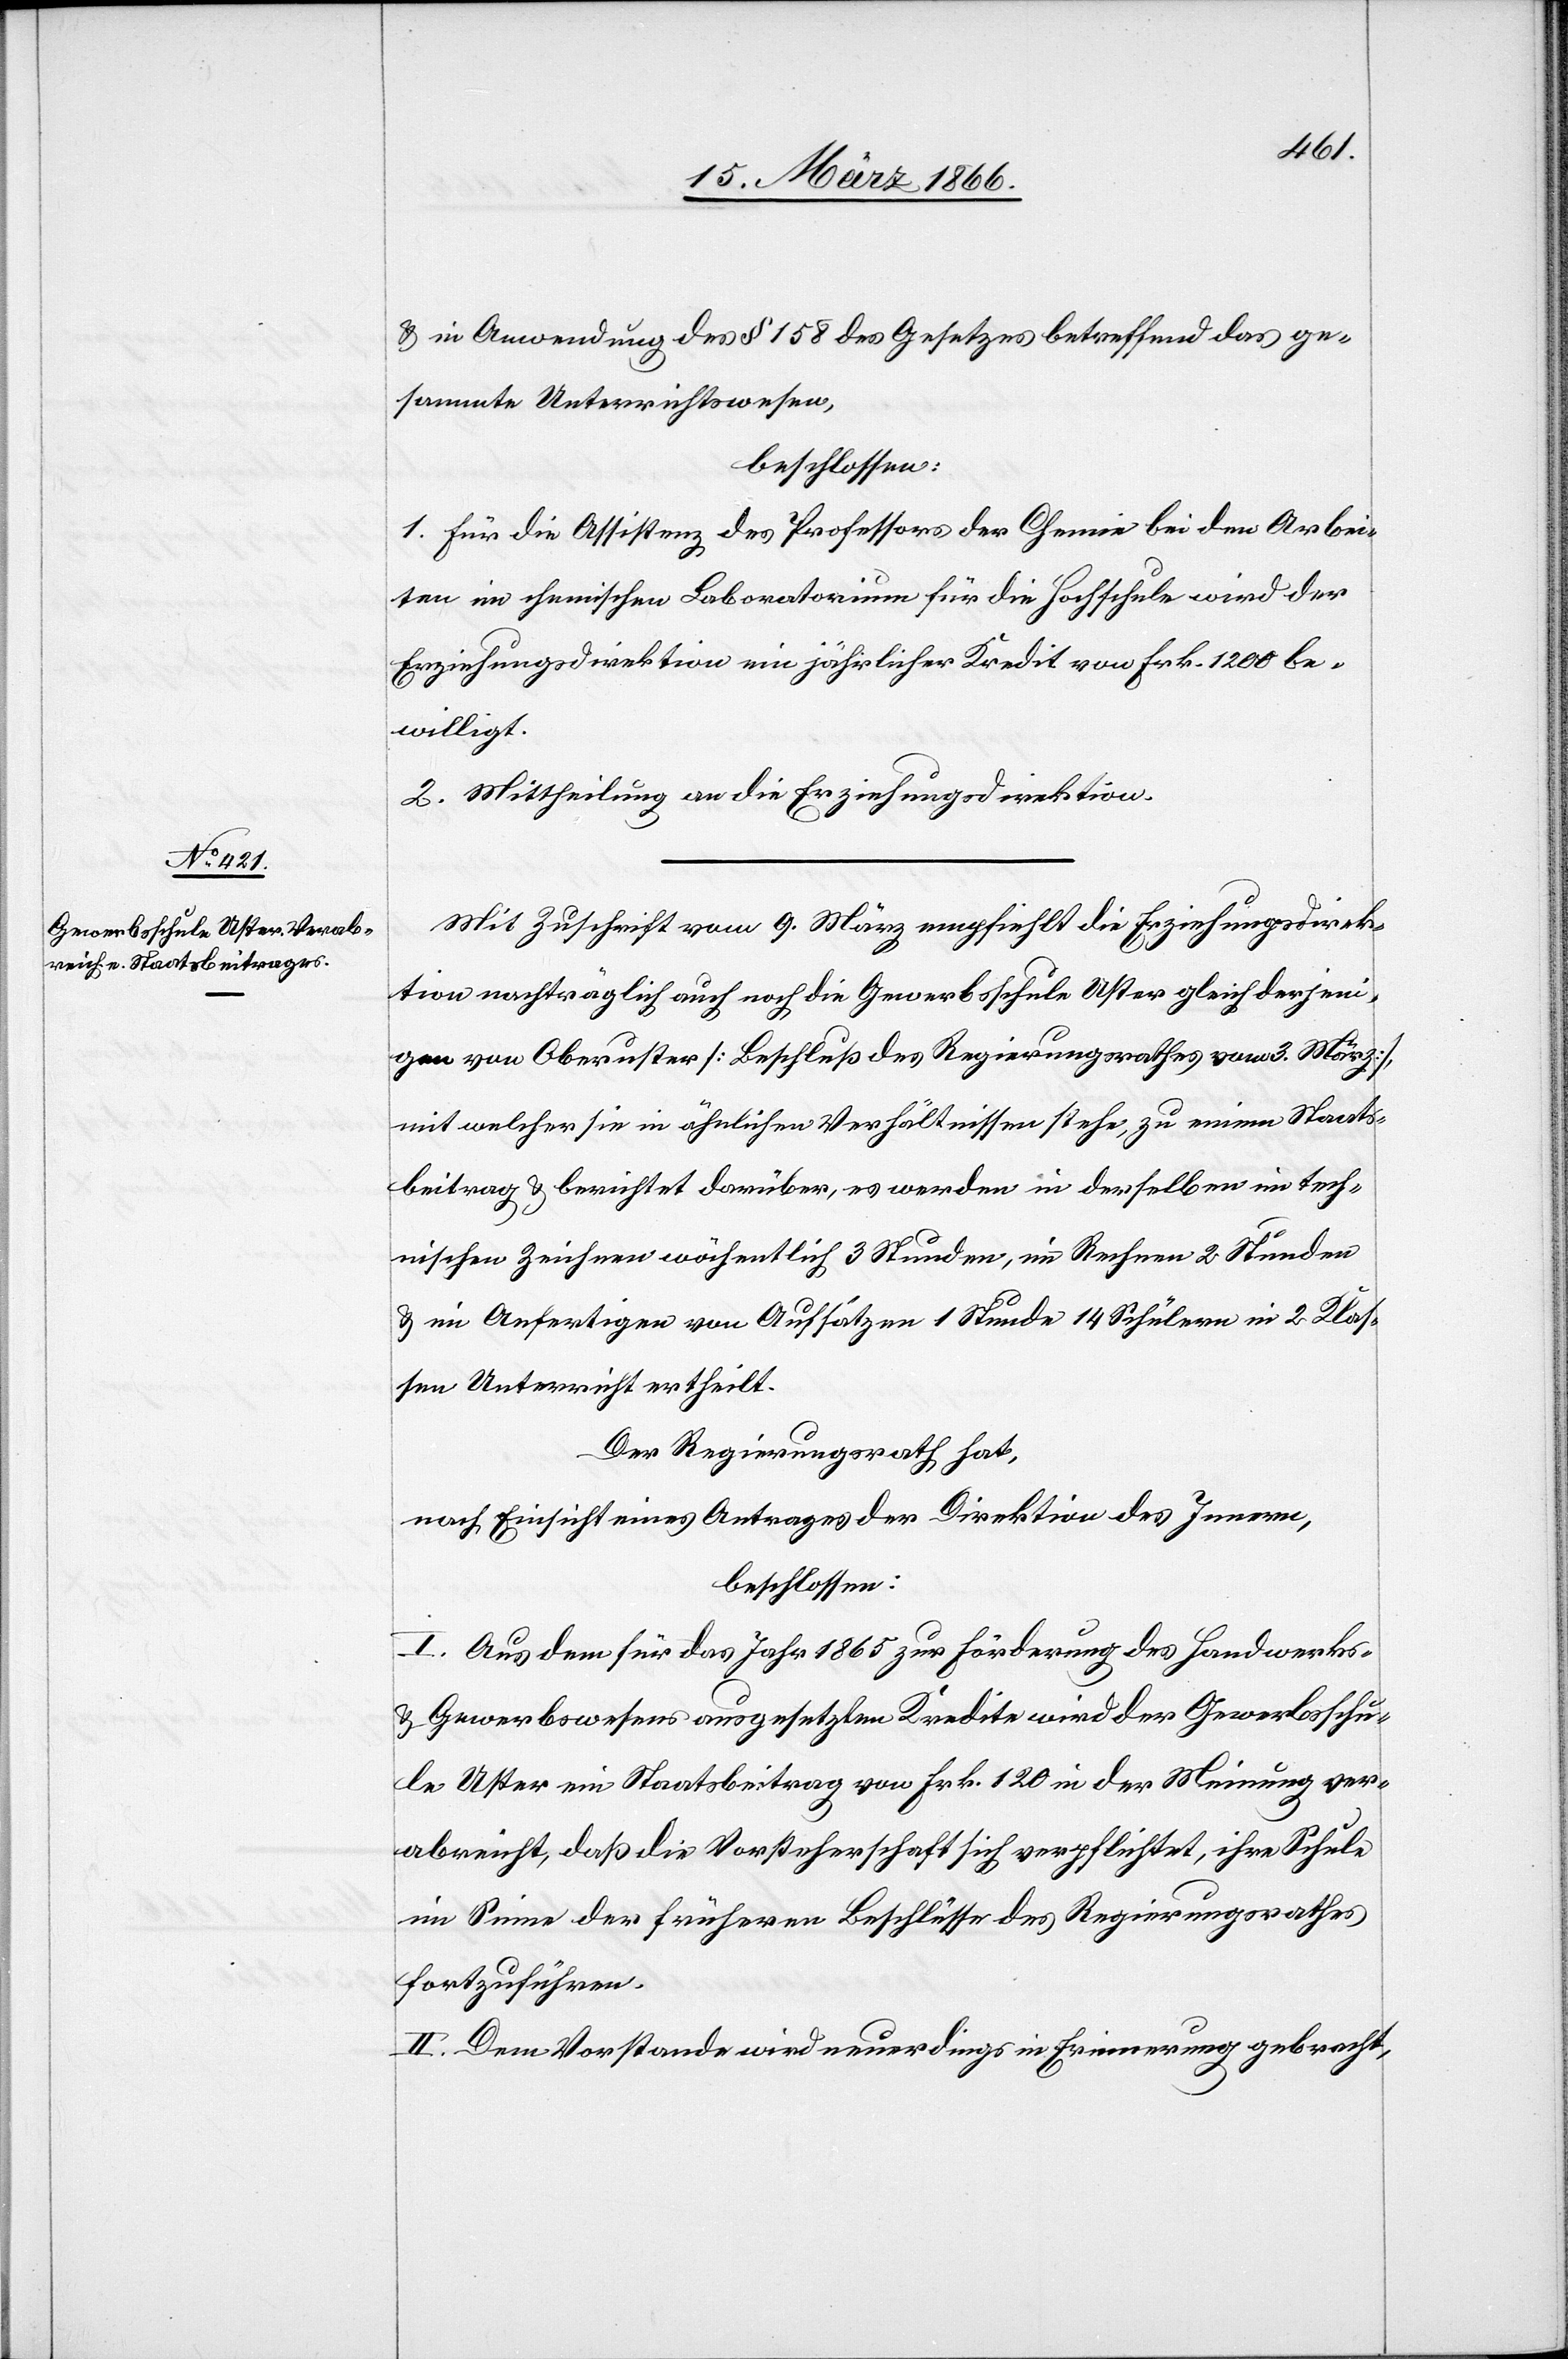
u. in Anwendung des § 158 des Gesetzes betreffend das ge¬
sammte Unterrichtswesen,
beschlossen:
1. für die Assistenz des Professors der Chemie bei den Arbei¬
ten im chemischen Laboratorium für die Hochschule wird der
Erziehungsdirektion ein jährlicher Kredit von Frk. 1200 be¬
willigt.
2. Mittheilung an die Erziehungsdirektion.
Mit Zuschrift vom 9. März empfiehlt die Erziehungsdirek¬
tion nachträglich auch noch die Gewerbsschule Uster gleich derjeni¬
gen von Oberuster [Beschluß des Regierungsrathes vom 3. März],
mit welcher sie in ähnlichen Verhältnissen stehe, zu einem Staats¬
beitrag u. berichtet darüber, es werden in derselben im tech¬
nischen Zeichnen wöchentlich 3 Stunden, im Rechnen 2 Stunden
u. im Anfertigen von Aufsätzen 1 Stunde 14 Schülern in 2 Klas¬
sen Unterricht ertheilt.
Der Regierungsrath hat,
nach Einsicht eines Antrages der Direktion des Innern,
beschlossen:
I. Aus dem für das Jahr 1865 zur Förderung des Handwerks
u. Gewerbswesens ausgesetzten Kredite wird der Gewerbsschu¬
le Uster ein Staatsbeitrag von Frk. 120 in der Meinung ver¬
abreicht, daß die Vorsteherschaft sich verpflichtet, ihre Schule
im Sinne der früheren Beschlüsse des Regierungsrathes
fortzuführen.
II. Dem Vorstande wird neuerdings in Erinnerung gebracht,